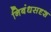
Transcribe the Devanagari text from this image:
निबंधसदृश